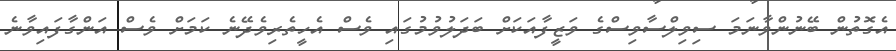
އެގޮތުން ބޭނުންވާނަމަ ސިވިލްސާވިސްގެ ވަޒީފާއަކަށް ބަދަލުވުމުގައި ވެސް އެހީތެރިވެދޭނެ ކަމަށް ވެސް އަންގާފައިވާނެ